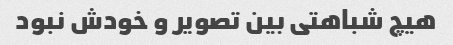
هیچ شباهتی بین تصویر و خودش نبود